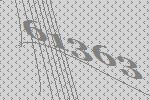
61363